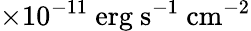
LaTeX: \times 10^{-11}\mathrm{{\ erg\ s^{-1}\ cm^{-2}}}